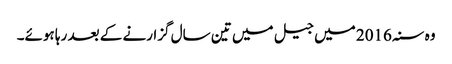
وہ سنہ 2016 میں جیل میں تین سال گزارنے کے بعد رہا ہوئے۔